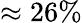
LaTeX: \approx 26\%